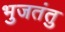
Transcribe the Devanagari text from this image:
भुजतंतु